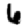
Digit: 6